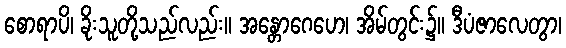
စောရာပိ၊ ခိုးသူတို့သည်လည်း။ အန္တောဂေဟေ၊ အိမ်တွင်း၌။ ဒီပံဇာလေတွာ၊